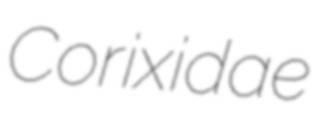
Corixidae